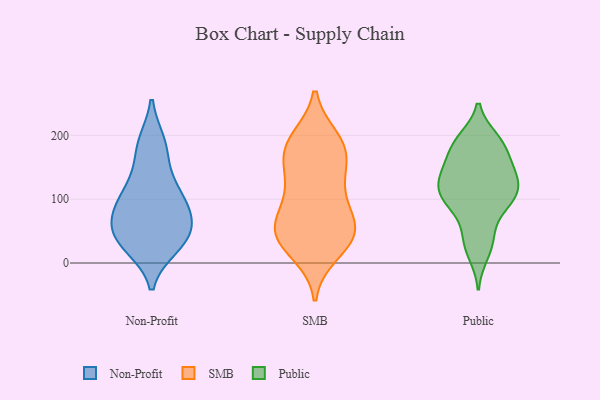
{"axis": {"x": "Conversion Rate (%)", "y": "Value"}, "legend": ["Non-Profit", "Public", "SMB"], "data": [{"x": "", "y": 119, "type": "Non-Profit"}, {"x": "", "y": 63, "type": "Non-Profit"}, {"x": "", "y": 95, "type": "Non-Profit"}, {"x": "", "y": 29, "type": "Non-Profit"}, {"x": "", "y": 78, "type": "Non-Profit"}, {"x": "", "y": 156, "type": "Non-Profit"}, {"x": "", "y": 189, "type": "Non-Profit"}, {"x": "", "y": 25, "type": "Non-Profit"}, {"x": "", "y": 29, "type": "Non-Profit"}, {"x": "", "y": 41, "type": "Non-Profit"}, {"x": "", "y": 63, "type": "Non-Profit"}, {"x": "", "y": 55, "type": "Non-Profit"}, {"x": "", "y": 112, "type": "Non-Profit"}, {"x": "", "y": 188, "type": "Non-Profit"}, {"x": "", "y": 95, "type": "Non-Profit"}, {"x": "", "y": 106, "type": "SMB"}, {"x": "", "y": 65, "type": "SMB"}, {"x": "", "y": 185, "type": "SMB"}, {"x": "", "y": 16, "type": "SMB"}, {"x": "", "y": 75, "type": "SMB"}, {"x": "", "y": 127, "type": "SMB"}, {"x": "", "y": 154, "type": "SMB"}, {"x": "", "y": 194, "type": "SMB"}, {"x": "", "y": 50, "type": "SMB"}, {"x": "", "y": 191, "type": "SMB"}, {"x": "", "y": 63, "type": "SMB"}, {"x": "", "y": 173, "type": "SMB"}, {"x": "", "y": 124, "type": "SMB"}, {"x": "", "y": 42, "type": "SMB"}, {"x": "", "y": 35, "type": "SMB"}, {"x": "", "y": 30, "type": "SMB"}, {"x": "", "y": 174, "type": "SMB"}, {"x": "", "y": 50, "type": "SMB"}, {"x": "", "y": 190, "type": "Public"}, {"x": "", "y": 91, "type": "Public"}, {"x": "", "y": 152, "type": "Public"}, {"x": "", "y": 85, "type": "Public"}, {"x": "", "y": 37, "type": "Public"}, {"x": "", "y": 101, "type": "Public"}, {"x": "", "y": 101, "type": "Public"}, {"x": "", "y": 194, "type": "Public"}, {"x": "", "y": 41, "type": "Public"}, {"x": "", "y": 189, "type": "Public"}, {"x": "", "y": 135, "type": "Public"}, {"x": "", "y": 117, "type": "Public"}, {"x": "", "y": 14, "type": "Public"}, {"x": "", "y": 154, "type": "Public"}, {"x": "", "y": 177, "type": "Public"}, {"x": "", "y": 117, "type": "Public"}, {"x": "", "y": 121, "type": "Public"}, {"x": "", "y": 139, "type": "Public"}]}